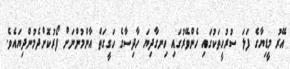
އޭރު މީޑިޔާގެ ފަލަ ސުރުހީތަކުގައިި ހެންވޭރުގައި ހިނގާދިޔަ ހާދިސާގެ ހަގީގަތް އާންމުންނަށް ފޯރުކޮށްދެމުންދިޔައެވެ.